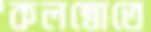
কলম্বোতে